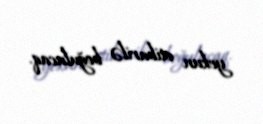
yekun etibarilə boğulacaq.